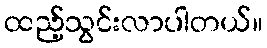
ထည့်သွင်းလာပါတယ်။